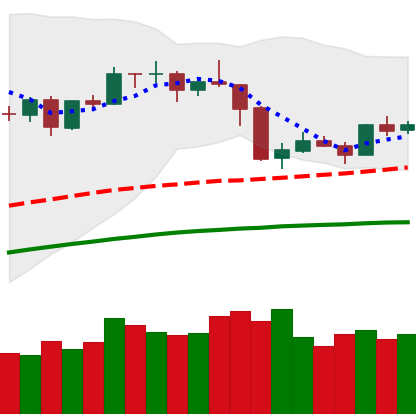
Ticker: ETH-USD
Chart end date: 2019-05-02
Forward return: 4.735%
Label: up_3_5